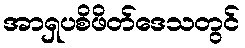
အာရှပစိဖိတ်ဒေသတွင်